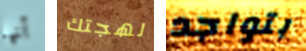
أنها لهجتك بتواجد